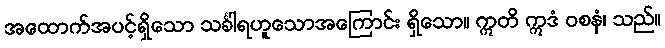
အထောက်အပင့်ရှိသော သင်္ခါရဟူသောအကြောင်း ရှိသော။ ဣတိ ဣဒံ ဝစနံ၊ သည်။